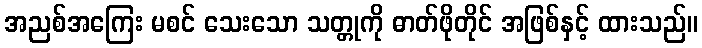
အညစ်အကြေး မစင် သေးသော သတ္တုကို ဓာတ်ဖိုတိုင် အဖြစ်နှင့် ထားသည်။